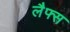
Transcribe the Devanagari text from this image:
लैफ्स